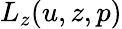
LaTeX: L_{z}(u,z,p)